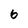
Character: 6